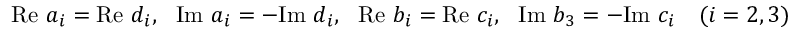
\mathrm { R e } ~ a _ { i } = \mathrm { R e } ~ d _ { i } , ~ ~ \mathrm { I m } ~ a _ { i } = - \mathrm { I m } ~ d _ { i } , ~ ~ \mathrm { R e } ~ b _ { i } = \mathrm { R e } ~ c _ { i } , ~ ~ \mathrm { I m } ~ b _ { 3 } = - \mathrm { I m } ~ c _ { i } ~ ~ ~ ( i = 2 , 3 )